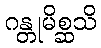
ဂန္တုမိစ္ဆသိ